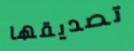
تصديقها